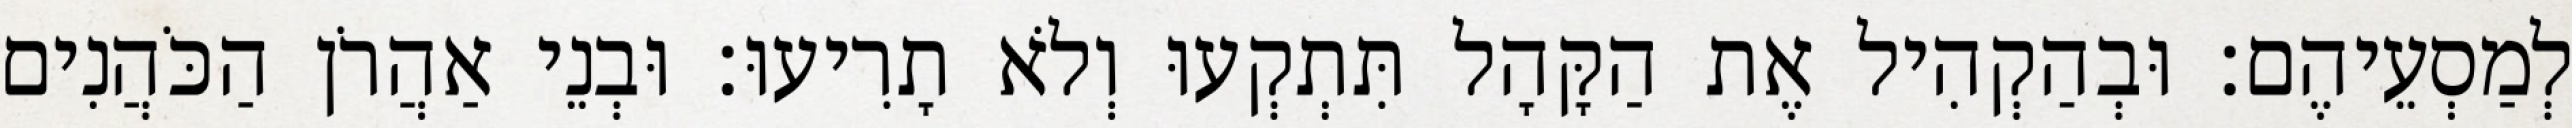
לְמַסְעֵיהֶם׃ וּבְהַקְהִיל אֶת הַקָּהָל תִּתְקְעוּ וְלֹא תָרִיעוּ׃ וּבְנֵי אַהֲרֹן הַכֹּהֲנִים